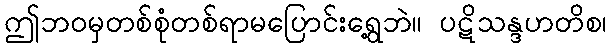
ဤဘဝမှတစ်စုံတစ်ရာမပြောင်းရွေ့ဘဲ။ ပဋိသန္ဒဟတိစ၊